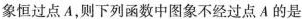
象恒过点A，则下列函数中图象不经过点A的是